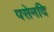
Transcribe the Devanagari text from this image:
पसेनदि